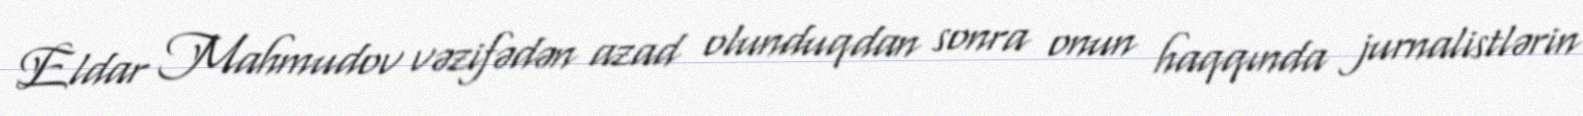
Eldar Mahmudov vəzifədən azad olunduqdan sonra onun haqqında jurnalistlərin